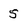
Character: 5